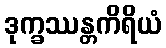
ဒုက္ခဿန္တကိရိယံ